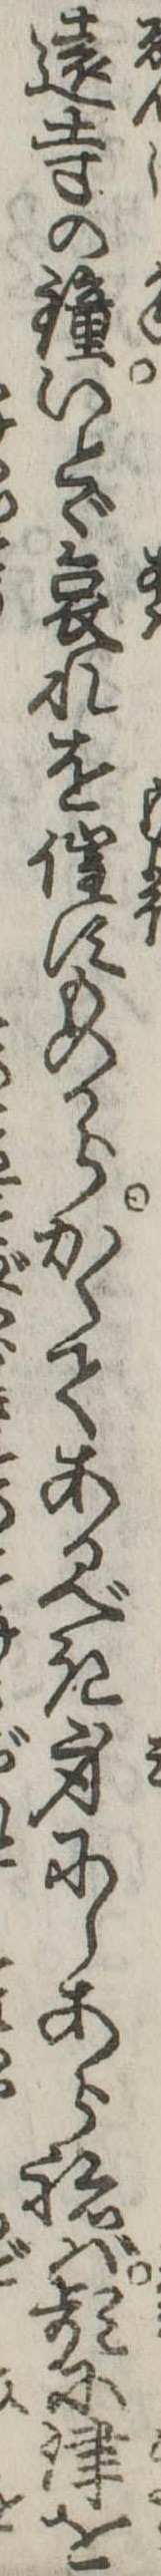
遠寺の鐘いとゞ哀れを催すものからかくてあるべき身にしあらねば頻に津を